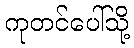
ကုတင်ပေါ်သို့